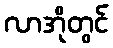
လာအိုတွင်